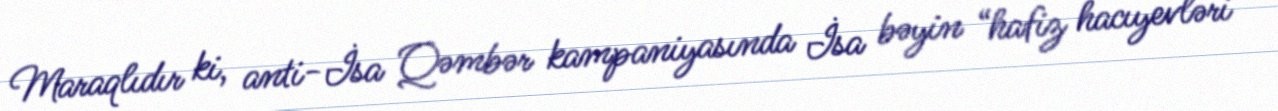
Maraqlıdır ki, anti-İsa Qəmbər kampaniyasında İsa bəyin “hafiz hacıyevləri”